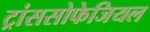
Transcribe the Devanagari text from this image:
ट्रांससोफेजियल